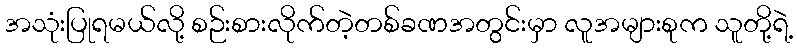
အသုံးပြုရမယ်လို့ စဉ်းစားလိုက်တဲ့တစ်ခဏအတွင်းမှာ လူအများစုက သူတို့ရဲ့